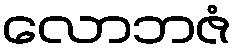
လောဘဇံ